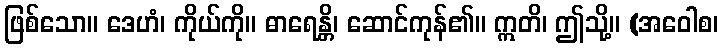
ဖြစ်သော။ ဒေဟံ၊ ကိုယ်ကို။ ဓာရေန္တိ၊ ဆောင်ကုန်၏။ ဣတိ၊ ဤသို့။ (အဝေါစ၊